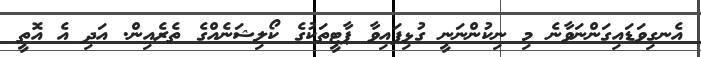
އެނގިވަޑައިގަންނަވާނެ މި ނިކުންނަނީ ގުޅިފައިވާ ޕާޓީތަކުގެ ކޯލިޝަނެއްގެ ތެރެއިން. އަދި އެ އޮތީ